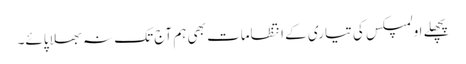
پچھلے اولمپکس کی تیاری کے انتظامات بھی ہم آج تک نہ بھلا پائے۔